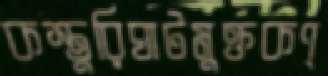
কস্তুরিঘাটমুক্তকণ্